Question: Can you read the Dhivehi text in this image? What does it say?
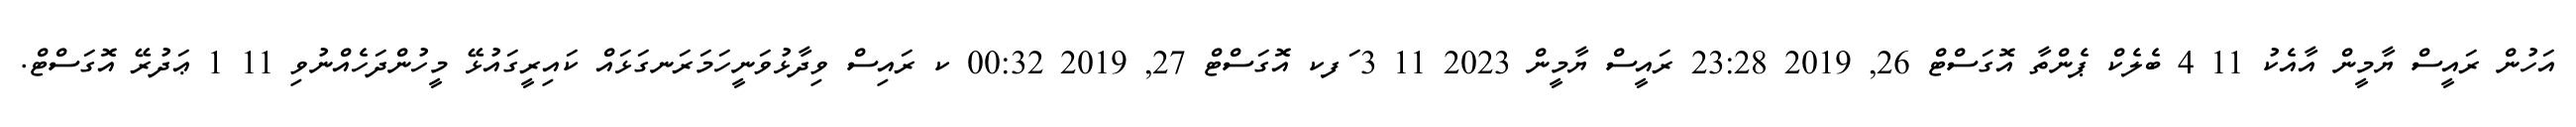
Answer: އަހުން ރައީސް ޔާމީން އާއެކު 11 4 ބެލެކް ޕެންތާ އޮގަސްޓް 26, 2019 23:28 ރައީސް ޔާމީން 2023 11 3 ަފކ އޮގަސްޓް 27, 2019 00:32 ކ ރައިސް ވިދާޅުވަނީހަމަރަނގަޅައް ކައިރީގައުޅޭ މީހުންދަހެއްނުވި 11 1 ޢަދުރޭ އޮގަސްޓް.